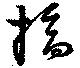
摘